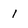
Character: 1